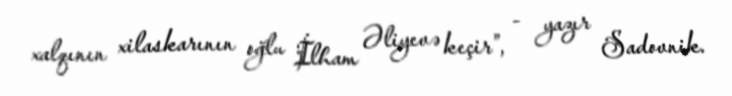
xalqının xilaskarının oğlu İlham Əliyevə keçir”, - yazır Sadovnik.